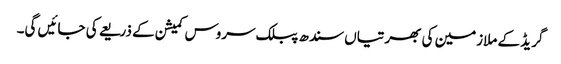
گریڈ کے ملازمین کی بھرتیاں سندھ پبلک سروس کمیشن کے ذریعے کی جائیں گی۔